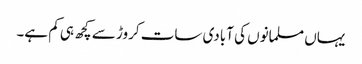
یہاں مسلمانوں کی آبادی سات کروڑ سے کچھ ہی کم ہے۔